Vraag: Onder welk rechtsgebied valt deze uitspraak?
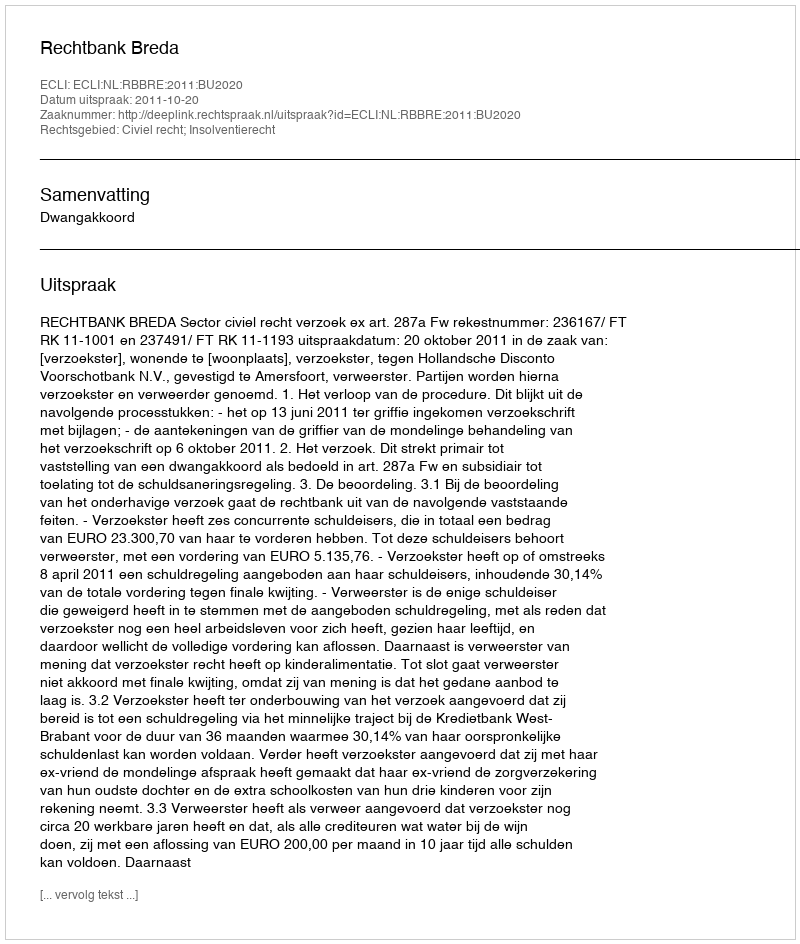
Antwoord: Civiel recht; Insolventierecht